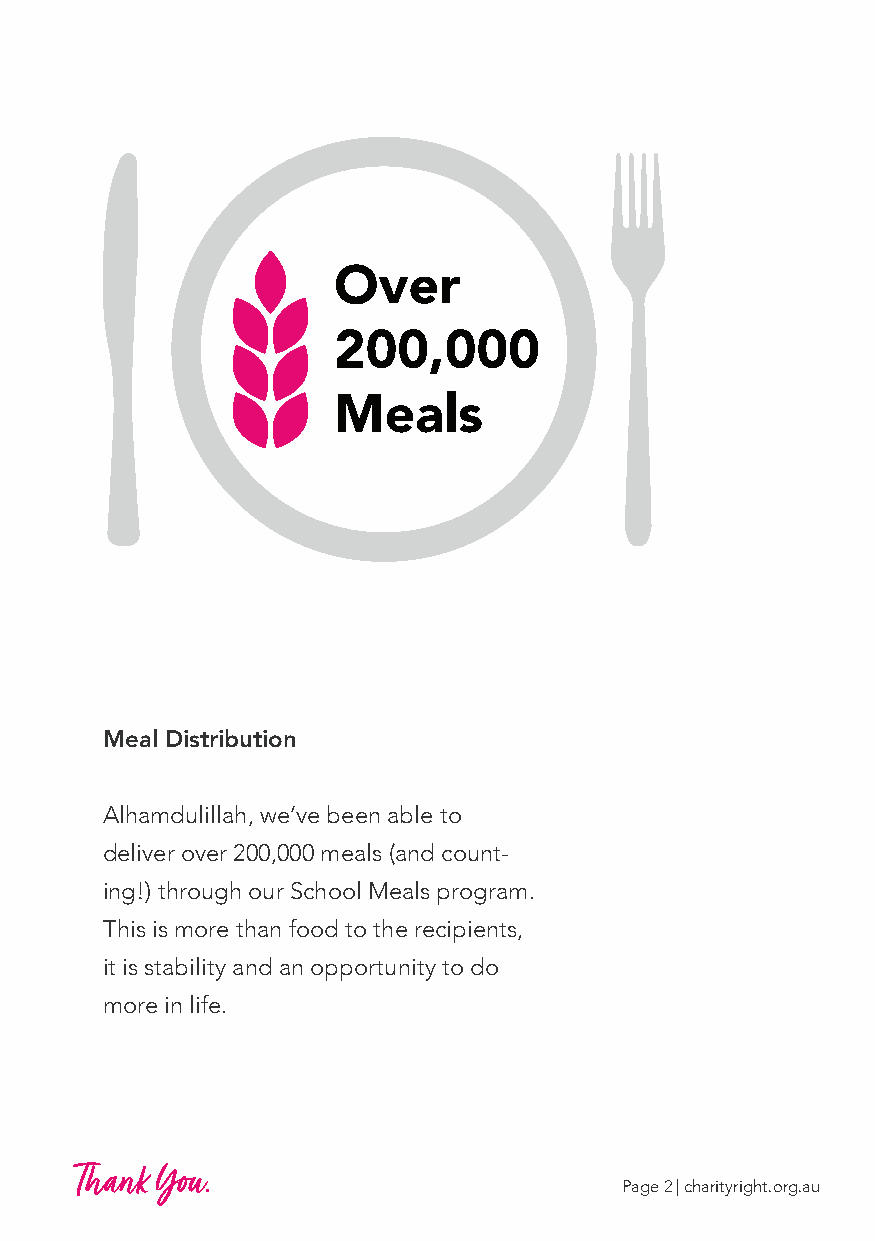
Over
 200,000
 Meals
 Meal Distribution
 Alhamdulillah, we’ve been able to
 deliver over 200,000 meals (and count-
 ing!) through our School Meals program.
 This is more than food to the recipients,
 it is stability and an opportunity to do
 more in life.
 Thank You.
 Page 2 | charityright.org.au